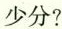
少分?